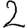
Digit: 2